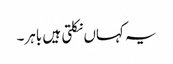
یہ کہاں نکلتی ہیں باہر۔